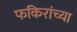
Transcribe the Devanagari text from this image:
फकिरांच्या